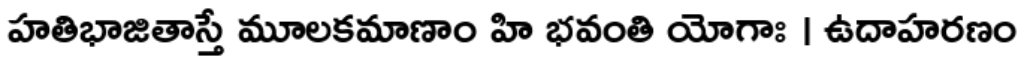
హతిభాజితాస్తే మూలకమాణాం హి భవంతి యోగాః । ఉదాహరణం